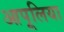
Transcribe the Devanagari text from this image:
आपूलिया